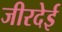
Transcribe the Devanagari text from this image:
जीरदेई